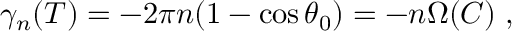
\gamma _ { n } ( T ) = - 2 \pi n ( 1 - \cos \theta _ { 0 } ) = - n \Omega ( C ) \; ,